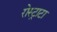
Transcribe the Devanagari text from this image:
रोस्ट्राटा